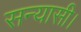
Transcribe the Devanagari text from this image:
सन्यासी।